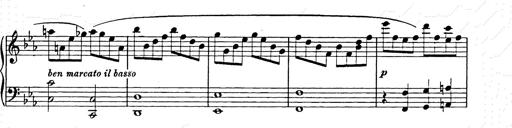
Title: Allegro di bravura
Composer: Carl Maria von Weber
Key: D major